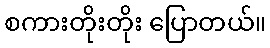
စကားတိုးတိုး ပြောတယ်။